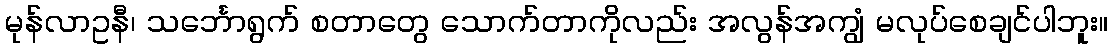
မုန်လာဥနီ၊ သင်္ဘောရွက် စတာတွေ သောက်တာကိုလည်း အလွန်အကျွံ မလုပ်စေချင်ပါဘူး။